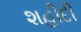
શહીદી